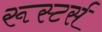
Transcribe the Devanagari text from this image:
रूस्टर्स